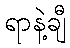
ရာနဲ့ချီ